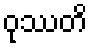
ဝုဿတိ